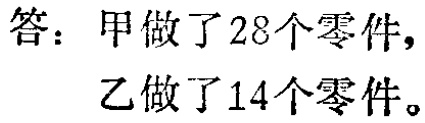
答：甲做了28个零件，

乙做了14个零件。